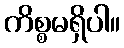
ကိစ္စမရှိပါ။